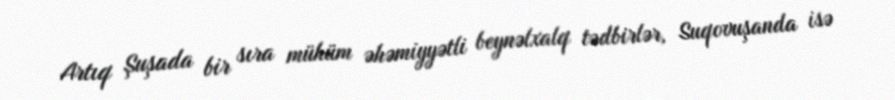
Artıq Şuşada bir sıra mühüm əhəmiyyətli beynəlxalq tədbirlər, Suqovuşanda isə